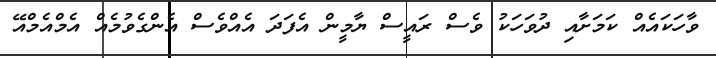
ވާހަކައެއް ކަމަށާއި ދުވަހަކު ވެސް ރައީސް ޔާމީން އެފަދަ އެއްވެސް އެންގެވުމެއް އެމްއެމްއޭ